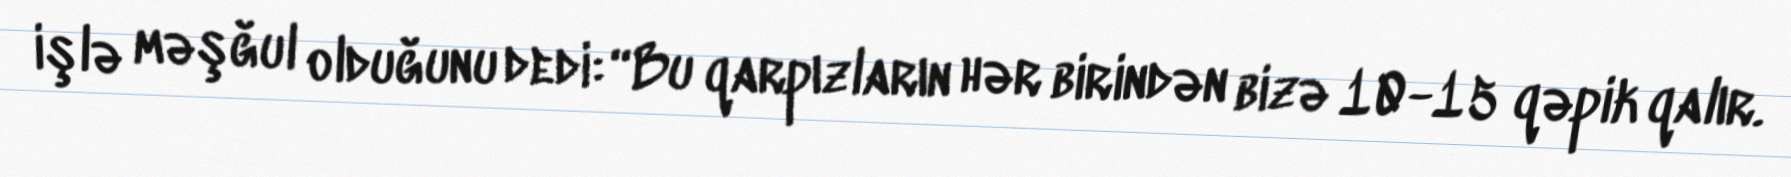
işlə məşğul olduğunu dedi: “Bu qarpızların hər birindən bizə 10-15 qəpik qalır.